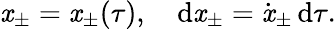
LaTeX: \mathit{x}_{\pm}=\mathit{x}_{\pm}(\tau),\quad\mathrm{{d}}\mathit{x}_{\pm}=\dot{{\mathit{x}}}_{\pm}\, \mathrm{{d}}\tau.